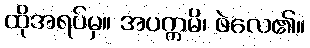
ထိုအရပ်မှ။ အပက္ကမိ၊ ဖဲလေ၏။